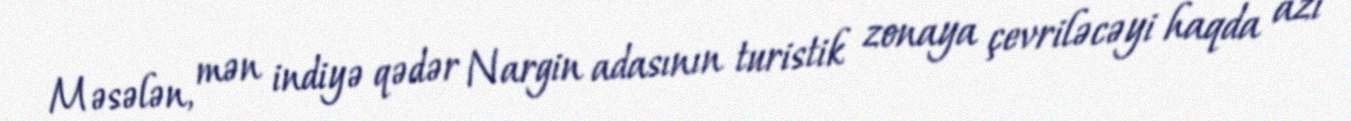
Məsələn, mən indiyə qədər Nargin adasının turistik zonaya çevriləcəyi haqda azı